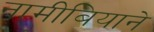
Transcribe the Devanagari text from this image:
नामीबियाने